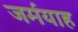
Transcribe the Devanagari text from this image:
जर्मयाह